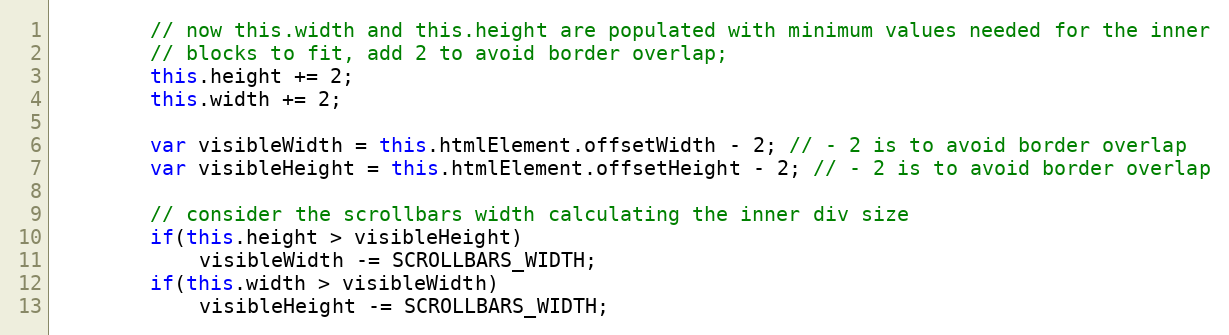
Language: JavaScript
		// now this.width and this.height are populated with minimum values needed for the inner
		// blocks to fit, add 2 to avoid border overlap;
		this.height += 2;
		this.width += 2;

		var visibleWidth = this.htmlElement.offsetWidth - 2; // - 2 is to avoid border overlap
		var visibleHeight = this.htmlElement.offsetHeight - 2; // - 2 is to avoid border overlap

		// consider the scrollbars width calculating the inner div size
		if(this.height > visibleHeight)
			visibleWidth -= SCROLLBARS_WIDTH;
		if(this.width > visibleWidth)
			visibleHeight -= SCROLLBARS_WIDTH;